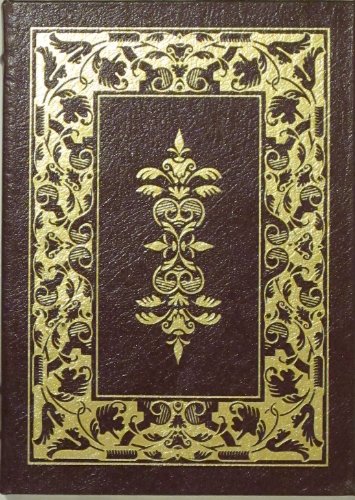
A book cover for Pygmalion and Candida; George Bernard Shaw; Health, Fitness & Dieting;